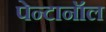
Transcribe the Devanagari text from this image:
पेन्टानॉल